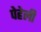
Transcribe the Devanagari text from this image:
पेहेली